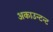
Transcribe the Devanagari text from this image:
अकाउन्टन्ट